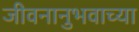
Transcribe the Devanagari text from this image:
जीवनानुभवाच्या